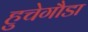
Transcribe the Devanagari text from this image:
हुचेगौडा